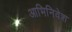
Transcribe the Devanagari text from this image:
आभिनिवेश